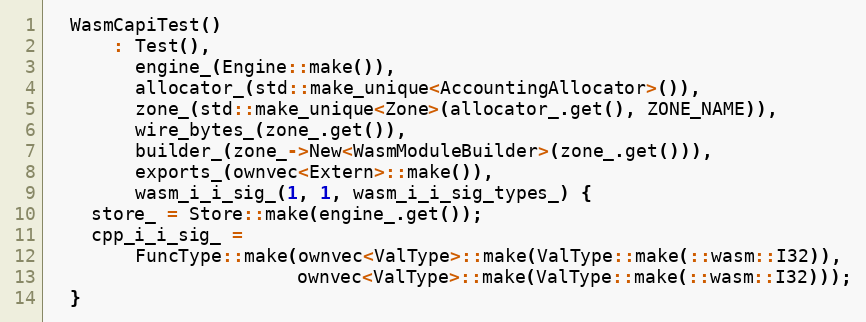
Language: C
  WasmCapiTest()
      : Test(),
        engine_(Engine::make()),
        allocator_(std::make_unique<AccountingAllocator>()),
        zone_(std::make_unique<Zone>(allocator_.get(), ZONE_NAME)),
        wire_bytes_(zone_.get()),
        builder_(zone_->New<WasmModuleBuilder>(zone_.get())),
        exports_(ownvec<Extern>::make()),
        wasm_i_i_sig_(1, 1, wasm_i_i_sig_types_) {
    store_ = Store::make(engine_.get());
    cpp_i_i_sig_ =
        FuncType::make(ownvec<ValType>::make(ValType::make(::wasm::I32)),
                       ownvec<ValType>::make(ValType::make(::wasm::I32)));
  }